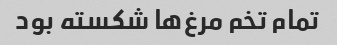
تمام تخم مرغ‌ها شکسته بود